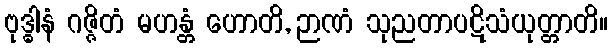
ဗုဒ္ဓါနံ ဂဇ္ဇိတံ မဟန္တံ ဟောတိ, ဉာဏံ သုညတာပဋိသံယုတ္တာတိ။